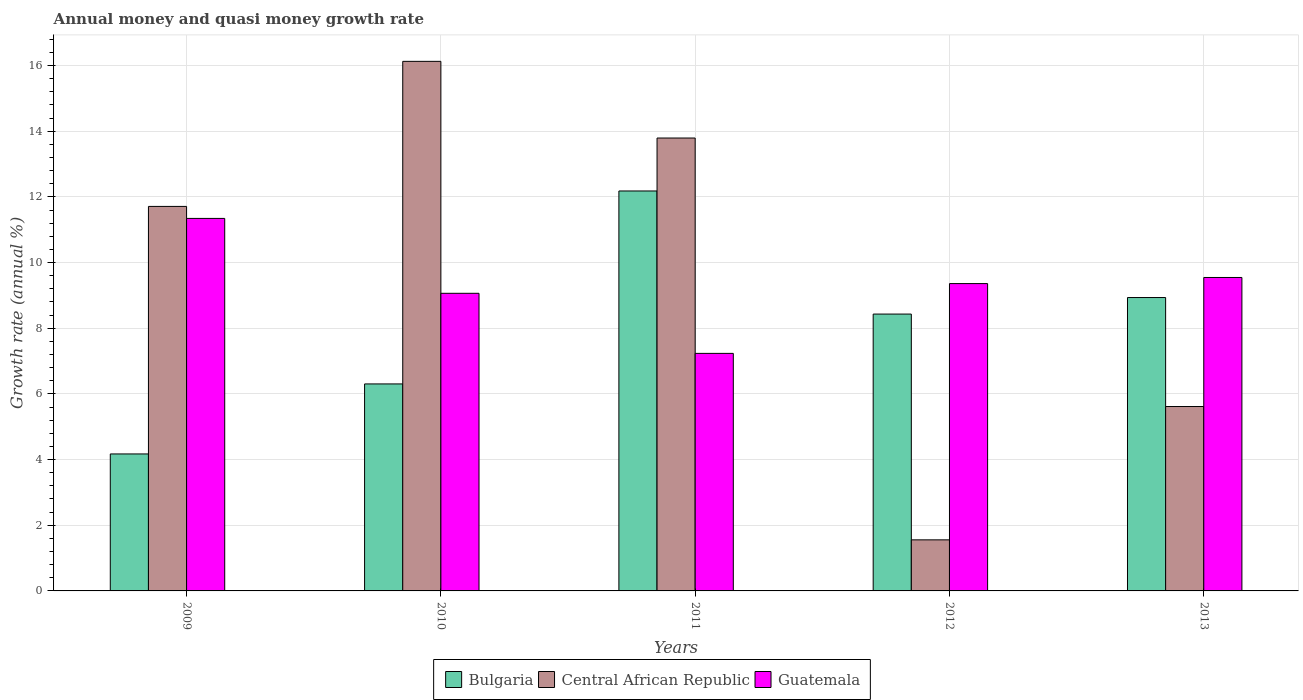
| Years | Bulgaria | Central African Republic | Guatemala |
 | --- | --- | --- | --- |
 | 2009 | 4.17 | 11.7 | 11.3 |
 | 2010 | 6.3 | 16.1 | 9.06 |
 | 2011 | 12.2 | 13.8 | 7.23 |
 | 2012 | 8.43 | 1.56 | 9.36 |
 | 2013 | 8.94 | 5.62 | 9.55 |